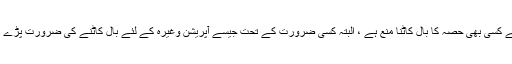
[6] بال کاٹنا : جسم کے کسی بھی حصہ کا بال کاٹنا منع ہے ، البتہ کسی ضرورت کے تحت جیسے آپریشن وغیرہ کے لئے بال کاٹنے کی ضرورت پڑے تو بال کاٹ سکتا ہے ۔